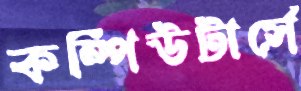
কম্পিউটার্সে